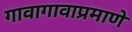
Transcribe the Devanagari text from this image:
गावागावाप्रमाणे